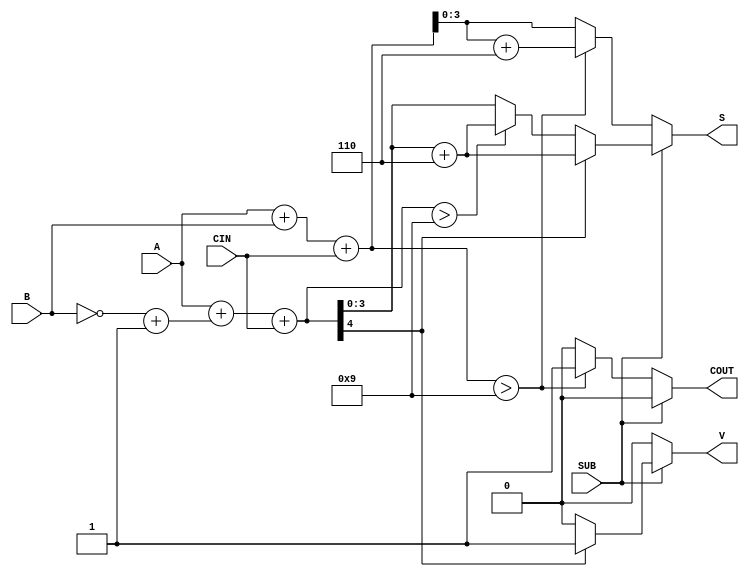
module BCD_Add_Subtracter (
    input  wire [3:0] A,    // First BCD digit
    input  wire [3:0] B,    // Second BCD digit
    input  wire SUB,        // Control signal: 0 for addition, 1 for subtraction
    input  wire CIN,        // Carry-in for addition, typically 0
    output reg  [3:0] S,    // Resulting BCD digit
    output reg  COUT,       // Carry-out indicating overflow
    output reg  V           // Overflow flag for invalid BCD result in subtraction
);

    wire [4:0] sum;         // Intermediate sum for addition
    wire [4:0] comp_B;      // 9's complement of B
    wire [4:0] result;      // Intermediate result for subtraction

    // Perform BCD addition
    assign sum = A + B + CIN; // Calculate the sum of A, B, and CIN

    // BCD correction for addition
    always @(*) begin
        COUT = 0; // Default carry-out
        if (SUB == 0) begin // Addition case
            if (sum > 9) begin
                S = sum + 6; // BCD correction
                COUT = 1; // Set carry-out
            end else begin
                S = sum[3:0]; // Result is within valid BCD range
            end
            V = 0; // No overflow in addition
        end else begin // Subtraction case
            comp_B = ~B + 1; // 9's complement of B
            result = A + comp_B + CIN; // A + (9's complement of B) + CIN

            if (result[4] == 1) begin // Check for underflow
                V = 1; // Overflow flag set
                S = result[3:0] + 6; // Correct result (negative)
            end else begin
                V = 0; // No overflow
                if (result > 9) begin
                    S = result + 6; // BCD correction
                end else begin
                    S = result[3:0]; // Valid result
                end
            end
            COUT = 0; // No carry-out in subtraction
        end
    end
endmodule